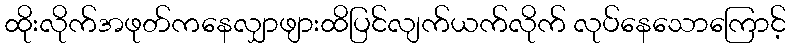
ထိုးလိုက်အဖုတ်ကနေလျှာဖျားထိပြင်လျက်ယက်လိုက် လုပ်နေသောကြောင့်